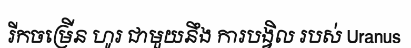
រីកចម្រើន ហូរ ជាមួយនឹង ការបង្វិល របស់ Uranus